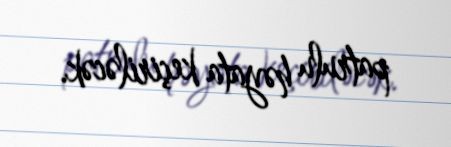
patrulu həyata keçiriləcək.